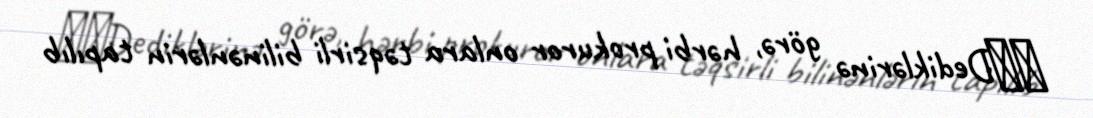
​​Dediklərinə görə, hərbi prokuror onlara təqsirli bilinənlərin tapılıb